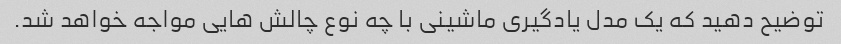
توضیح دهید که یک مدل یادگیری ماشینی با چه نوع چالش هایی مواجه خواهد شد.